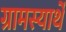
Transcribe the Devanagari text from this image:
ग्रामस्यार्थे